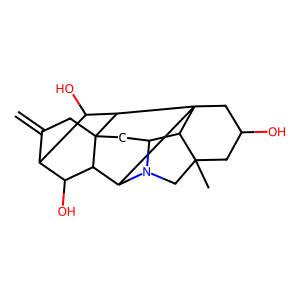
SMILES: C=C1CC23CC4C5C6(C)CC(O)CC57C(C2C(O)C1C(O)C37)N4C6
Inhibits HIV replication: No